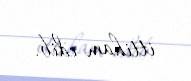
ittiham edib.